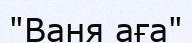
"Ваня аға"